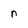
Character: n